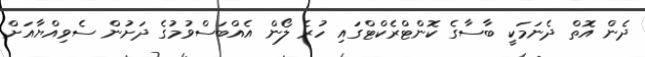
ދެން އޮތް ދެނަމަކީ ބާސާގެ ކޮންޓްރެކްޓްގައި ހުރެ ލޯން އެއްބަސްވުމުގެ ދަށުން ސެވިއްޔާއަށް